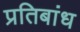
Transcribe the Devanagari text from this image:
प्रतिबांध